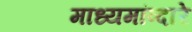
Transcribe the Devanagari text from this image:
माध्यमांव्दारे